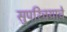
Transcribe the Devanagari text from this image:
सुपरिचयाचे